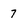
Character: 7